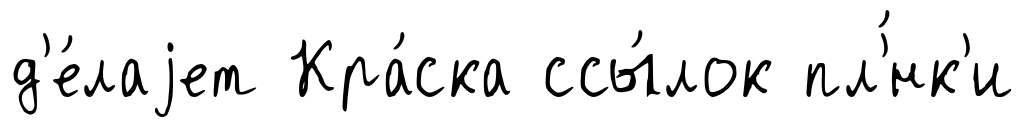
д'е́лаjет Кра́ска ссы́лок пл'́нк'и